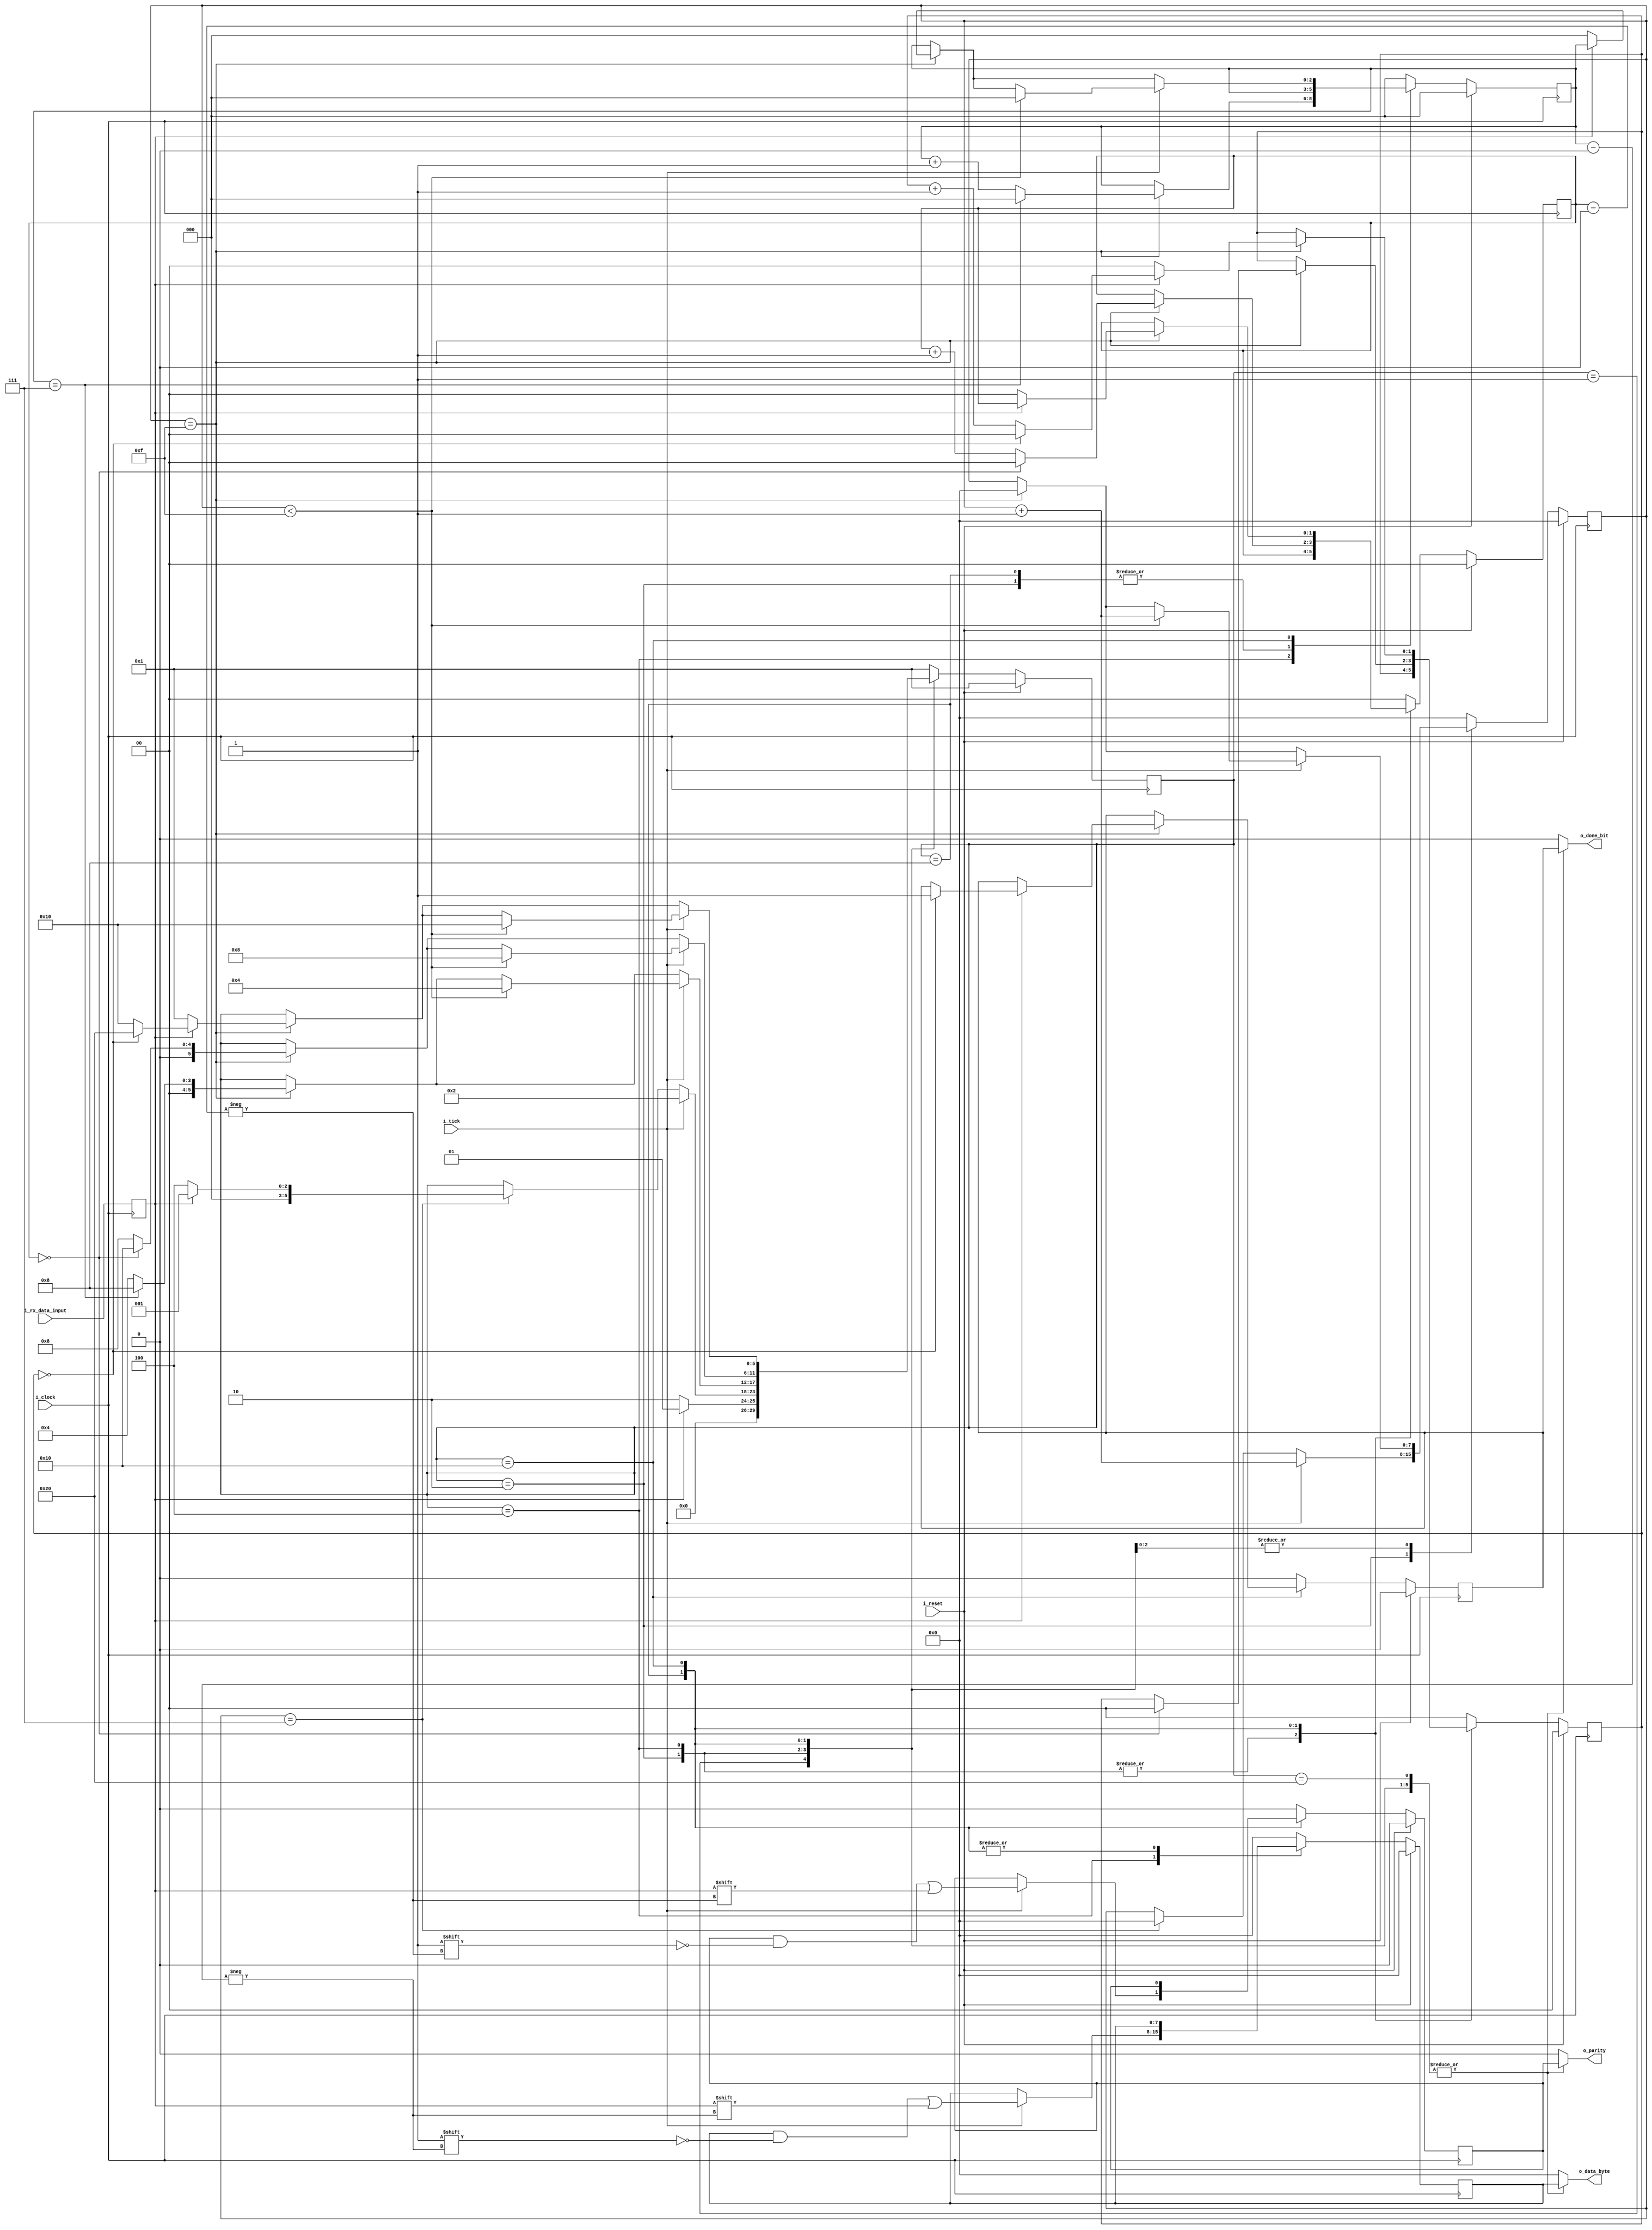
`timescale 1ns / 1ps
//////////////////////////////////////////////////////////////////////////////////
// Company: 
// Engineer: 
// 
// Design Name: 
// Module Name: UART_RX
// Project Name: 
// Target Devices: 
// Tool Versions: 
// Description: 
// 
// Dependencies: 
// 
// Revision:
// Revision 0.01 - File Created
// Additional Comments:
// 
//////////////////////////////////////////////////////////////////////////////////


module UART_RX
#(
   //PARAMETERS
   parameter DATA_WIDTH = 8,
   parameter STOP_WIDTH = 1,
   parameter PARITY_WIDTH = 1
   )
  (
  //INPUTS
   input        i_clock,
   input        i_tick,
   input        i_reset,
   input        i_rx_data_input,
   //OUTPUTS
   output       o_done_bit,
   output [DATA_WIDTH - 1:0] o_data_byte,
   output [PARITY_WIDTH - 1 :0] o_parity
   );
   
    // One-Hot, One-Cold  
  localparam STATE_IDLE         = 6'b000001;
  localparam STATE_START_BIT    = 6'b000010;
  localparam STATE_RECEIVING    = 6'b000100;
  localparam STATE_PARITY_BIT   = 6'b001000;
  localparam STATE_STOP_BIT     = 6'b010000;
  localparam STATE_DONE         = 6'b100000;
  
  reg [5:0]     current_state;
  reg [5:0]     next_state;

  reg           rx_data; 

  reg [7:0]     current_tick_counter;
  reg [7:0]     next_tick_counter;

  reg [2:0]     current_data_index; //8 bits total
  reg [2:0]     next_data_index; //8 bits total

  reg [1:0]       current_stop_index; //1 o 2 stop bits
  reg [1:0]       next_stop_index; //1 o 2 stop bits

  reg [1:0]        current_parity_index; //1 o 2 parity bits
  reg [1:0]        next_parity_index; //1 o 2 parity bits

  reg [PARITY_WIDTH - 1:0]      parity;  
  reg [DATA_WIDTH - 1:0]        data_byte;
    reg [PARITY_WIDTH - 1:0]      current_parity;  
  reg [DATA_WIDTH - 1:0]        current_data_byte;
    reg [PARITY_WIDTH - 1:0]      next_parity;  
  reg [DATA_WIDTH - 1:0]        next_data_byte;

  reg           current_done_bit;
  reg           next_done_bit;
  reg           done_bit;

   assign  o_done_bit  =  done_bit;
   assign  o_data_byte = data_byte;
   assign o_parity = parity;
   
   always @(posedge i_clock) //Incoming data
     rx_data  <=  i_rx_data_input;
   
   always @(posedge i_clock) //MEMORIA
    if (i_reset) begin
        current_tick_counter   = 8'b0;
        current_data_index     = 3'b0;
        current_parity_index   = 0;
        current_stop_index     = 0;
        current_done_bit       = 1'b0;
        current_data_byte = 0;
        current_parity = 0;
        current_state          <= STATE_IDLE; //ESTADO INICIAL
    end
    else begin
        current_tick_counter <= next_tick_counter;
        current_data_index   <= next_data_index  ;
        current_parity_index <= next_parity_index;
        current_stop_index   <= next_stop_index  ;
        current_done_bit     <= next_done_bit    ;
        current_data_byte <= next_data_byte;
        current_parity <= next_parity;
        current_state <= next_state; 
    end       
   
   always @(*) begin: next_state_logic
    next_tick_counter = current_tick_counter;
    next_data_index   = current_data_index  ;
    next_stop_index = current_stop_index;
    next_parity_index = current_parity_index;
    next_done_bit     = current_done_bit    ;
    next_state     = current_state    ;
    next_data_byte = current_data_byte;
    next_parity = current_parity;
    case (current_state)
        STATE_IDLE:
        begin      
            next_data_index = 0;    
            next_tick_counter = 0;
            next_stop_index = 0;
            next_parity_index = 0;
            next_data_byte = 0;
            next_parity = 0;
            next_done_bit = 0;
            if(rx_data == 1'b0) //Start bit detected
             begin
                next_state = STATE_START_BIT;
             end
            else
             begin
                next_state = STATE_IDLE;
             end
        end
        
        STATE_START_BIT:
        begin
            next_data_byte = 0;
            next_parity = 0;
            next_done_bit = 0;
            if(current_tick_counter == 7)
             begin
                if(rx_data == 1'b0) //Start bit still low
                begin
                    next_tick_counter = 0; //(found middle, reset counter)
                    next_state = STATE_RECEIVING;
                end
                else
                begin
                    next_tick_counter = 0;
                    next_state = STATE_IDLE;
                end
             end
          if(i_tick)
          begin
            next_tick_counter = current_tick_counter + 1;
            next_state = STATE_START_BIT;
           end
        end
        
        STATE_RECEIVING:
        begin
            next_parity = 0;
            next_done_bit = 0;
            if(current_tick_counter == 15)
             begin
                next_tick_counter = 0;
                next_data_index = current_data_index + 1;
                next_state = STATE_RECEIVING;
                if(current_data_index == DATA_WIDTH - 1)
                 begin  
                    next_data_index = 0;
                    next_tick_counter = 0;
                    next_state = STATE_PARITY_BIT;
                 end
             end
          if(i_tick)
           begin
            next_data_byte[current_data_index] = rx_data;
            if(current_tick_counter < 15)
             begin
                next_tick_counter = current_tick_counter + 1;
                next_state = STATE_RECEIVING;
             end
            end
        end
        
        STATE_PARITY_BIT:
        begin
            next_done_bit = 0;
            if(current_tick_counter == 15)
             begin
                next_tick_counter = 0;
                next_parity_index = current_parity_index + 1;
                next_state = STATE_PARITY_BIT;
                if(current_parity_index == PARITY_WIDTH - 1)
                 begin  
                    next_parity_index = 0;
                    next_stop_index = 0;
                    next_state = STATE_STOP_BIT;
                 end
             end
          if(i_tick)
           begin
                next_parity[current_parity_index] = rx_data;
            if(current_tick_counter < 15)
             begin
                next_tick_counter = current_tick_counter + 1;
                next_state = STATE_PARITY_BIT;
             end
           end
        end
        
        STATE_STOP_BIT:
        begin
            if(current_tick_counter == 15)
             begin
                if(rx_data == 1'b1) //Stop bit 
                begin
                    next_tick_counter = 0;
                    next_stop_index = current_stop_index + 1;
                    next_state = STATE_STOP_BIT;
                    if(current_stop_index == STOP_WIDTH - 1)
                    begin
                    next_stop_index = 0;
                    next_done_bit = 1;
                    next_state = STATE_DONE;
                    end
                end
                else
                begin
                    next_tick_counter = 0;
                    next_stop_index = 0;
                    next_parity_index = 0;
                    next_data_index = 0;
                    next_state = STATE_IDLE;
                end
             end
          if(i_tick)
           begin
            if(current_tick_counter < 15)
             begin
                next_tick_counter = current_tick_counter + 1;
                next_data_index = 0;
                next_state = STATE_STOP_BIT;
             end
           end
        end
        
        STATE_DONE:
        begin
           next_data_byte = 0;
           next_parity = 0;
           next_done_bit = 0; 
           next_tick_counter = 0;
           next_data_index = 0;
           next_stop_index = 0;
           next_parity_index = 0;
           next_state = STATE_IDLE;
        end
        
        default:
        begin
           next_data_byte = 0;
           next_parity = 0;
           next_done_bit = 0;
           next_tick_counter = 0;
           next_data_index = 0;
           next_stop_index = 0;
           next_parity_index = 0;
           next_state = STATE_IDLE;
        end
    endcase
    end
    
    always @(*) begin: output_logic
        case (current_state)
        STATE_IDLE:
        begin
            data_byte = current_data_byte;
            parity = current_parity;
            done_bit = current_done_bit;
        end
        
        STATE_START_BIT:
        begin
             data_byte = current_data_byte;
            parity = current_parity;
            done_bit = current_done_bit;
        end
        
        STATE_RECEIVING:
        begin
             data_byte = current_data_byte;
            parity = current_parity;
            done_bit = current_done_bit;
        end
        
        STATE_PARITY_BIT:
        begin
              data_byte = current_data_byte;
            parity = current_parity;
            done_bit = current_done_bit;
        end
        
        STATE_STOP_BIT:
        begin
             data_byte = current_data_byte;
            parity = current_parity;
            done_bit = current_done_bit;
        end
        
        STATE_DONE:
        begin
             data_byte = current_data_byte;
            parity = current_parity;
            done_bit = current_done_bit;      
        end
        
        default:
        begin
             data_byte = 0;
            parity = 0;
            done_bit = 0;
        end
        endcase
    end
endmodule